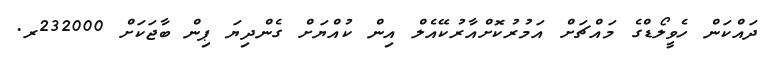
ދައްކަން ހެވީލޯޑްގެ މައްޗަށް އަމުރުކޮށްއާރުކޭއެލް އިން ކުއްޔަށް ގެންދިޔަ ޕިން ބާޖަކަށް 232000ރ.